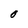
Character: O